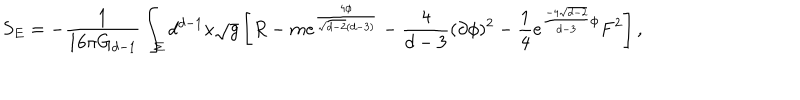
S _ { E } = - \frac { 1 } { 1 6 \pi G _ { d - 1 } } \int _ { \Sigma } d ^ { d - 1 } x \sqrt { g } \left[ R - m e ^ { \frac { 4 \phi } { \sqrt { d - 2 } ( d - 3 ) } } - \frac { 4 } { d - 3 } ( \partial \phi ) ^ { 2 } - \frac { 1 } { 4 } e ^ { \frac { - 4 \sqrt { d - 2 } } { d - 3 } \phi } F ^ { 2 } \right] ,